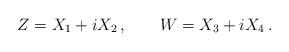
LaTeX: \begin{align*}Z=X_1+iX_2\,,\qquad W=X_3+iX_4\,.\end{align*}